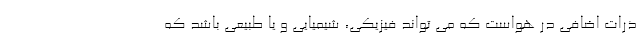
ذرات اضافی در هواست که می تواند فیزیکی، شیمیایی و یا طبیعی باشد که